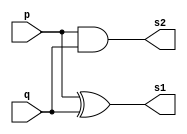
//----------------------------------------------
//----Arquitetura de computador-----------------
//----guia 05 - exercicio 01--------------------
//----Nome: Paulo Henrique de Almeida Amorim----
//----Matricula: 412765-------------------------

//--Half Adder module--
module halfAdder (s1, s2, p, q);

	output s1, s2;
	input p, q;
		
	xor XOR1(s1, p, q);
	and AND1(s2, p, q);	

endmodule

//--Full Adder module--
module fullAdder(s1, s2, s3, p, q);
	output s2, s3;
	input s1, p, q;
	wire s4, s5, s6;
	
	halfAdder HALF2(s4, s5, p, q);
	halfAdder HALF1(s2, s6, s1, s4);
	or OR1(s3, s6, s5);
	
endmodule

//--Full Adder 4 bits module--

module fullAdder4bits(soma, cout, p, q);
	input [4:0]p, q;
	output [3:0]soma;
	output cout;
	wire s1, s2, s3;
	
	halfAdder HA(soma[0], s1, p[0], q[0]);
	fullAdder FA1(s1, soma[1], s2, p[1], q[1]);
	fullAdder FA2(s2, soma[2], s3, p[2], q[2]);
	fullAdder FA3(s3, soma[3], cout, p[3], q[3]);
	
endmodule

//--Teste Full Adder 4 bits--
	
module TestefullAdder4bits;
	reg [4:0]a, b;
	wire [3:0]soma;
	wire cout;

//--instancia--		
	fullAdder4bits FA4B(soma, cout, a, b);

initial begin:start
	a = 4'b0000;
	b = 4'b0000;
 
end
	
//--parte principal--

initial begin:main

	$display("\nGuia 05 - exercicio 01 - Paulo Henrique - 412765");
	$display("\nTeste Full Adder 4 Bits gate");
	$display("\n a + b = s");

	$monitor("%4b + %4b = %4b", a, b, soma);
	for(a = 0; a <= 15; a = a + 1)
		begin
#1			$monitor("%4b + %4b = %4b", a, b, soma);
		for(b = 0; b <= 15; b = b + 1)
			begin
#1				$monitor("%4b + %4b = %4b", a, b, soma);
			end
		end
	
	
end //--fim parte principal--

endmodule //--fim	test Full Adder 4bits gate